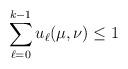
LaTeX: \begin{align*}\sum_{\ell=0}^{k-1} u_\ell(\mu,\nu)\leq 1 \end{align*}